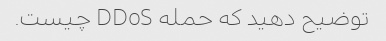
توضیح دهید که حمله DDoS چیست.